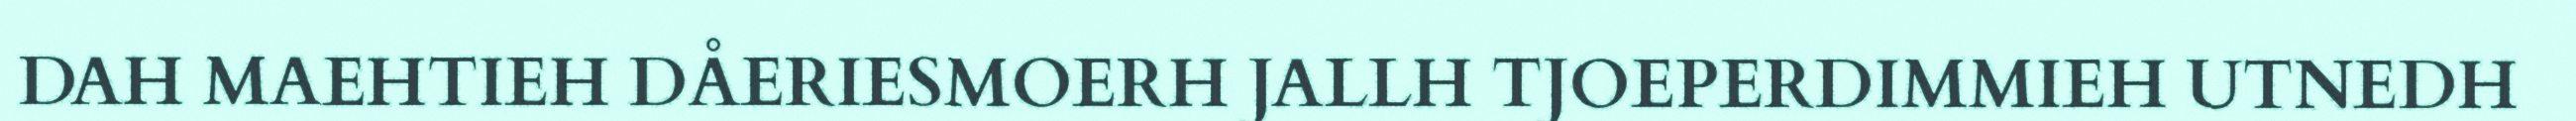
DAH MAEHTIEH DÅERIESMOERH JALLH TJOEPERDIMMIEH UTNEDH